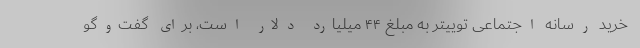
خرید رسانه اجتماعی توییتر به مبلغ ۴۴ میلیارد دلار است، برای گفت‌وگو